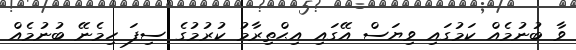
ވާ ބުނުމެއް ކަމުގައި ވިޔަސް އޭގައި އިޙްތިރާމު ކުރުމުގެ ސިފަ ހިމެނޭ ބުނުމެއް